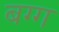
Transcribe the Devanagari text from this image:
बग्ग